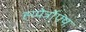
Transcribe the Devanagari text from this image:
ह्य्पेर्त्रोफ्य